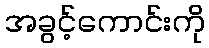
အခွင့်ကောင်းကို